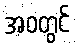
အဝတွင်